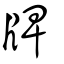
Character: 牌